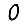
Digit: 0